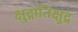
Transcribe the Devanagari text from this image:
क्षुद्रातिक्षुद्र